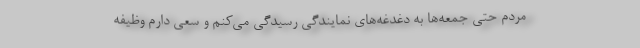
مردم حتی جمعه‌ها به دغدغه‌های نمایندگی رسیدگی می‌کنم و سعی دارم وظیفه